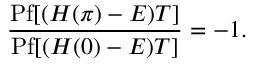
\frac { \mathrm { P f } [ ( H ( \pi ) - E ) T ] } { \mathrm { P f } [ ( H ( 0 ) - E ) T ] } = - 1 .